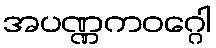
အပဏ္ဏကဝဂ္ဂေါ